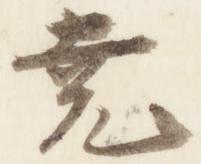
尭